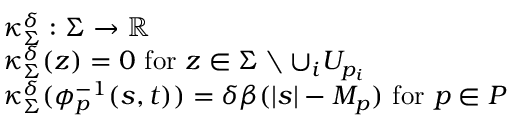
\begin{array} { r l } & { \kappa _ { \Sigma } ^ { \delta } : \Sigma \to \mathbb { R } } \\ & { \kappa _ { \Sigma } ^ { \delta } ( z ) = 0 \mathrm { ~ f o r ~ } z \in \Sigma \setminus \cup _ { i } U _ { p _ { i } } } \\ & { \kappa _ { \Sigma } ^ { \delta } ( \phi _ { p } ^ { - 1 } ( s , t ) ) = \delta \beta ( | s | - M _ { p } ) \mathrm { ~ f o r ~ } p \in P } \end{array}